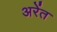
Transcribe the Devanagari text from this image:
अरेंत